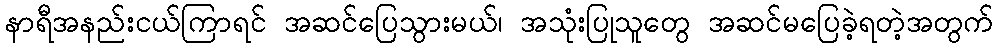
နာရီအနည်းငယ်ကြာရင် အဆင်ပြေသွားမယ်၊ အသုံးပြုသူတွေ အဆင်မပြေခဲ့ရတဲ့အတွက်